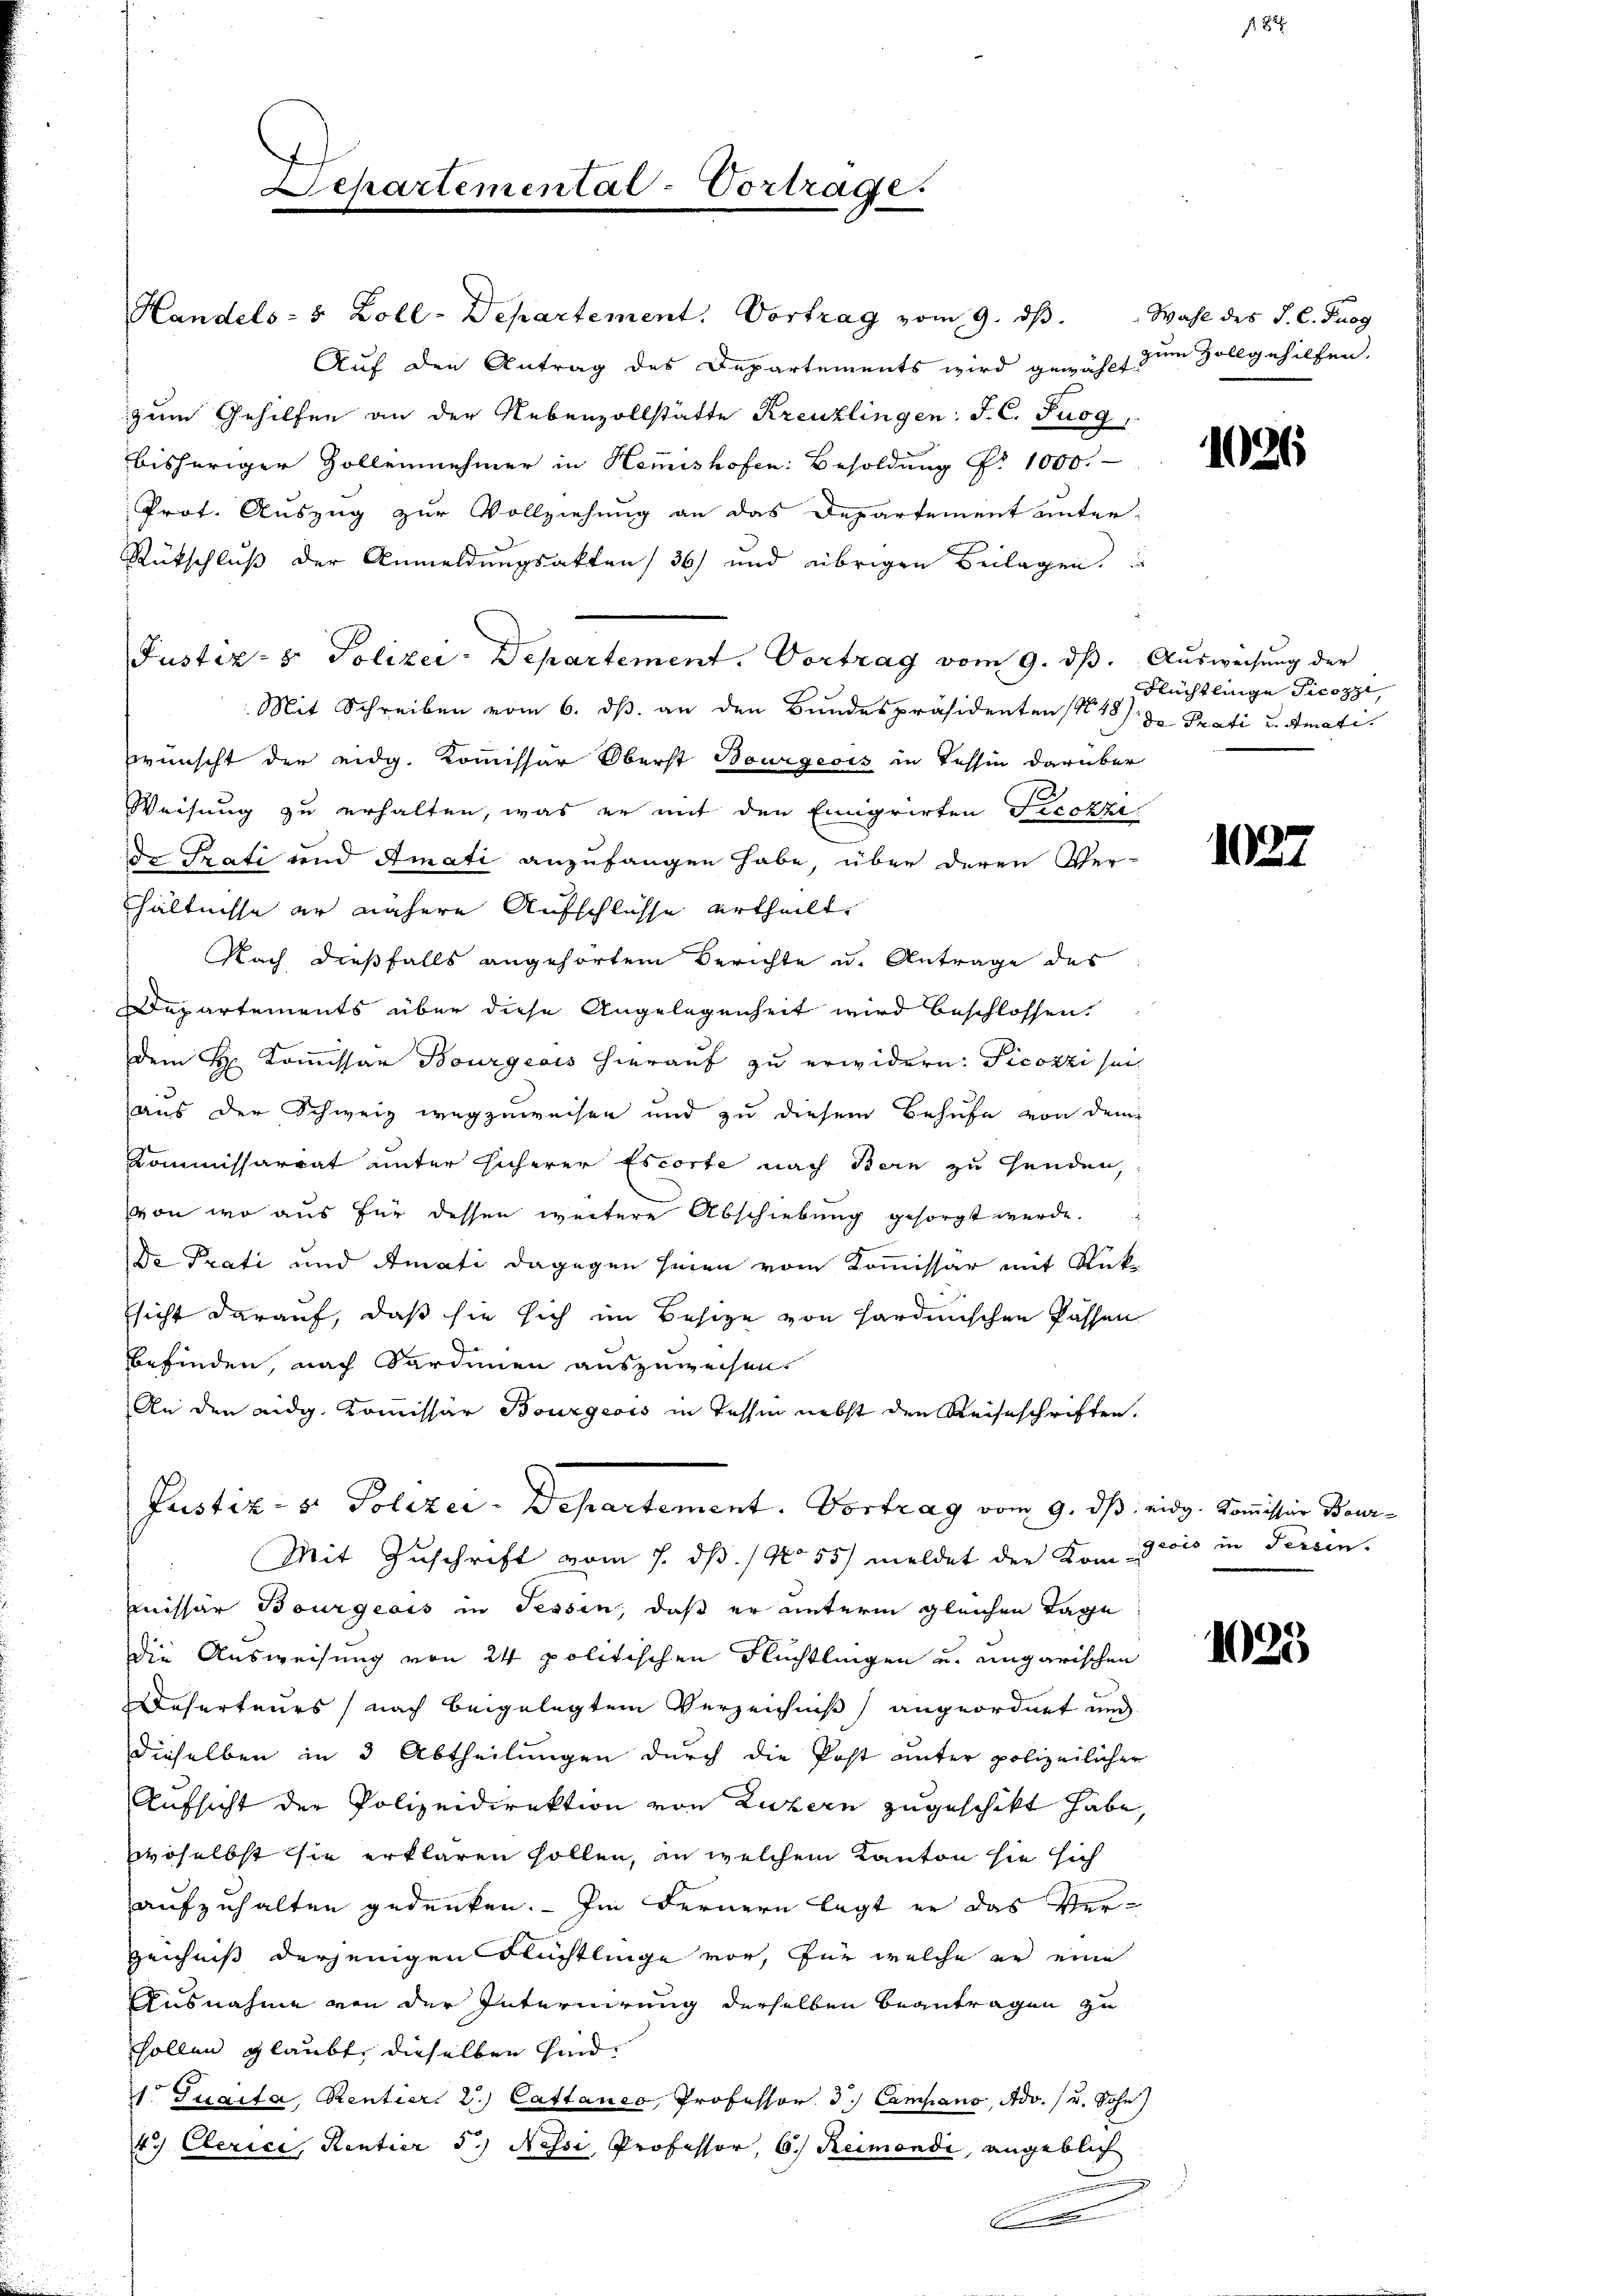
Separtemental-Vortrage.

Handels- & Zoll-Departement. Vortrag vom 9. dβ. Wahl des J. C. Furg
Auf den Antrag des Departements wird gewählt zum Zollgehilfen.
zum Gehilfen an der Nebenvollstätte Kreuzlingen: J. C. Fuog,
bisheriger Zollennehmer in Hemishofen: Besoldung Nr. 1000.
Prot. Auszug zur Vollziehung an das Departement unter-
Rütschluß der Anmeldungsakten / 36) und übrigen Beilagen.
Justiz- & Polizei-Departement. Vortrag vom 9. ds.
Mit Schreiben vom 6. ds. an den Bundespräsidenten (N 48) der Prati u. Amatiwünscht der eidg. Kommissar Oberst Bourgeois in Tessin darüber
Weisung zu erhalten, was er mit den Emigrirten Frechzi
de Grati und Amati anzufangen habe, über deren Ver-
hältnisse er nähere Aufschlüsse ertheilt,
Nach dießfalls angehörtem Berichte u. Antrage des
Departements über diese Angelegenheit wird beschlossen.
dem H. Kommissar Bourgeois hierauf zu erwidern: Ficozzi sei
aus der Schweiz wegzuweisen und zu diesem Behufe von dem
Kommissariat unter sicherer Escorte nach Bern zu Handen,
von wo aus für dessen weitere Abschiebung gesorgt werde.
Da Prati und Amati dagegen seien vom Kommissär mit Rüksicht darauf, daß sie sich im Besize von Hardmischen Passen
befinden, nach Sardinen auszuweisen.
An den eidg. Kommissar Bourgeois in Tessin nebst den Reiseschriften.
Justiz- & Polizer-Departement. Vortrag vom 9. ds eidg. Kommissio Beur¬
Mit Zuschrift vom 7. dß. / No 55) meldet der Kom Grois in Tessin,
mmissär Bourgeois in Tessin, daß er unterm gleichen Tage
Die Ausweisung von 24 politischen Flüchtlingen und ungarischen
Deserteurs, nach beigelegtem Verzeichniß angeordnet und
dieselben in 3 Abtheilungen durch die Post unter polizeilicher
Aufsicht der Polizeidirektion von Luzern zugeschickt habe.
woselbst sie erklären sollen, in welchem Kanton sie sich
aufzuhalten gedenken. Im Fernern legt er das Verzeichnis derjenigen Flüchtlinge vor, für welche er eine
Ausnahme von der Internirung derselben Beantragen zu
sollen glaubt, dieselben sind.
1. Suaita, Rentier. 2.) Cattance, Professor. 3.) Campano, Adv. / u. Sohn
47 Clerice, Rentier 5.) Nessi, Professor, 6. Reimondi, angeblich
.

9.

1021

Ausweisung der
Flüchtlinge Ticozzi,

1027

184

1025